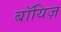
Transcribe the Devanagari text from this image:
बॉयिज़